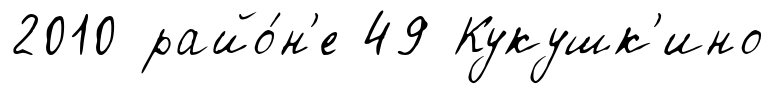
2010 райо́н'е 49 Кукушк'ино